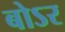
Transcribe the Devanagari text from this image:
बोऽर